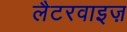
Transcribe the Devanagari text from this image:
लैटरवाइज़